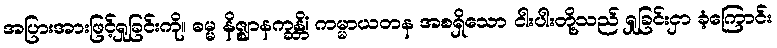
အပြားအားဖြင့်ရှုခြင်းကို။ ဓမ္မ နိဇ္ဈာနက္ခန္တိံ၊ ကမ္မာယတန အစရှိသော ငါးပါးတို့သည် ရှုခြင်းငှာ ခံ့ကြောင်း